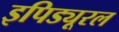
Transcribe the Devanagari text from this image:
इपिड्यूरल